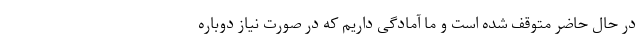
در حال حاضر متوقف شده است و ما آمادگی داریم که در صورت نیاز دوباره